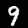
Digit: 9